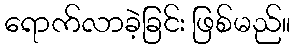
ရောက်လာခဲ့ခြင်း ဖြစ်မည်။